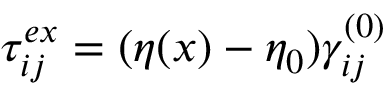
\tau _ { i j } ^ { e x } = ( \eta ( \boldsymbol { x } ) - \eta _ { 0 } ) \gamma _ { i j } ^ { ( 0 ) }